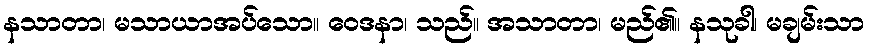
နသာတာ၊ မသာယာအပ်သော။ ဝေဒနာ၊ သည်။ အသာတာ၊ မည်၏။ နသုခါ၊ မချမ်းသာ